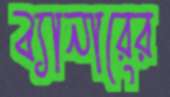
ব্যানারের